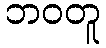
ဘဝတူ